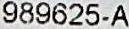
989625-A